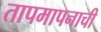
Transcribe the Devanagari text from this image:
तापमापनाची